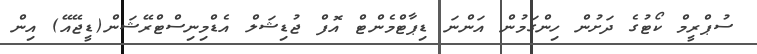
ސުޕްރީމް ކޯޓުގެ ދަށުން ހިންގަމުން އަންނަ ޑިޕާޓްމެންޓް އޮފް ޖުޑިޝަލް އެޑްމިނިސްޓްރޭޝަން(ޑީޖޭއޭ) އިން